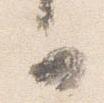
可